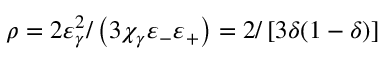
\rho = 2 \varepsilon _ { \gamma } ^ { 2 } / \left( 3 \chi _ { \gamma } \varepsilon _ { - } \varepsilon _ { + } \right) = 2 / \left[ 3 \delta ( 1 - \delta ) \right]